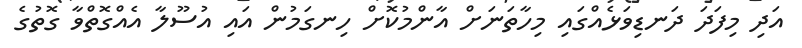
އަދި މިފަދަ ދަނޑިވަޅެއްގައި މިހާތަނަށް އާންމުކޮށް ހިނގަމުން އައި އުސޫލާ އެއްގޮތްވާ ގޮތުގެ